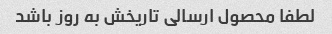
لطفا محصول ارسالی تاریخش به روز باشد